Punjab Mental Hospital Lahore 1922-31 - 1922-1931
Year: 1922
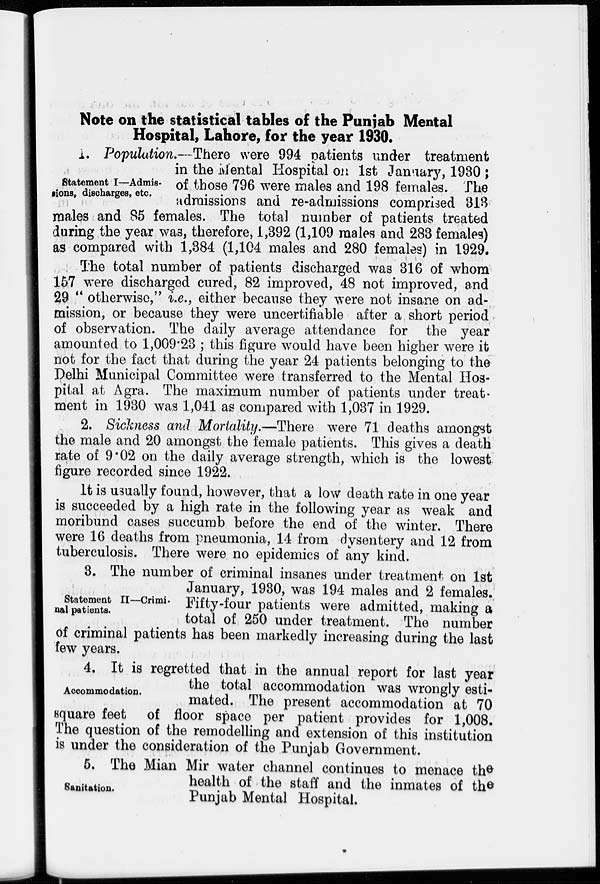
Note on the statistical tables of the Punjab Mental
Hospital, Lahore, for the year 1930.
Statement I—Admis-
sions, discharges, etc.
1. Population.—There were 994 patients under treatment
in the Mental Hospital on 1st January, 1930 ;
of those 796 were males and 198 females. The
admissions and re-admissions comprised 313
males and 85 females. The total number of patients treated
during the year was, therefore, 1,392 (1,109 males and 283 females)
as compared with 1,384 (1,104 males and 280 females) in 1929.
The total number of patients discharged was 316 of whom
157 were discharged cured, 82 improved, 48 not improved, and
29 "otherwise," i.e., either because they were not insane on ad-
mission, or because they were uncertifiable after a short period
of observation. The daily average attendance for the year
amounted to 1,009.23 ; this figure would have been higher were it
not for the fact that during the year 24 patients belonging to the
Delhi Municipal Committee were transferred to the Mental Hos-
pital at Agra. The maximum number of patients under treat-
ment in 1930 was 1,041 as compared with 1,037 in 1929.
2. Sickness and Mortality.—There were 71 deaths amongst
the male and 20 amongst the female patients. This gives a death
rate of 9.02 on the daily average strength, which is the lowest
figure recorded since 1922.
It is usually found, however, that a low death rate in one year
is succeeded by a high rate in the following year as weak and
moribund cases succumb before the end of the winter. There
were 16 deaths from pneumonia, 14 from dysentery and 12 from
tuberculosis. There were no epidemics of any kind.
Statement II—Crimi-
nal patients.
3. The number of criminal insanes under treatment on 1st
January, 1930, was 194 males and 2 females.
Fifty-four patients were admitted, making a
total of 250 under treatment. The number
of criminal patients has been markedly increasing during the last
few years.
Accommodation.
4. It is regretted that in the annual report for last year
the total accommodation was wrongly esti-
mated. The present accommodation at 70
square feet of floor space per patient provides for 1,008.
The question of the remodelling and extension of this institution
is under the consideration of the Punjab Government.
Sanitation.
5. The Mian Mir water channel continues to menace the
health of the staff and the inmates of the
Punjab Mental Hospital.